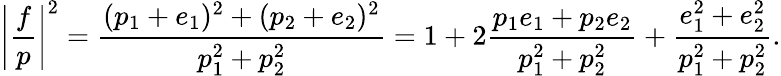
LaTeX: \left\vert\frac{f}{p}\right\vert^{2}=\frac{(p_{1}+e_{1})^{2}+(p_{2}+e_{2})^{2}}{p_{1}^{2}+p_{2}^{2}}=1+2\frac{p_{1}e_{1}+p_{2}e_{2}}{p_{1}^{2}+p_{2}^{2}}+\frac{e_{1}^{2}+e_{2}^{2}}{p_{1}^{2}+p_{2}^{2}}.